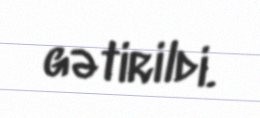
gətirildi.